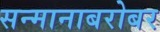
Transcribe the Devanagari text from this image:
सन्मानाबरोबर